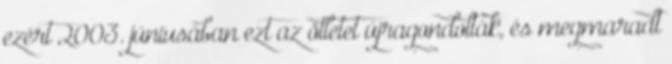
ezért 2003. júniusában ezt az ötletet újragondolták, és megmaradt